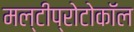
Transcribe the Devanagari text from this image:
मल्टीप्रोटोकॉल